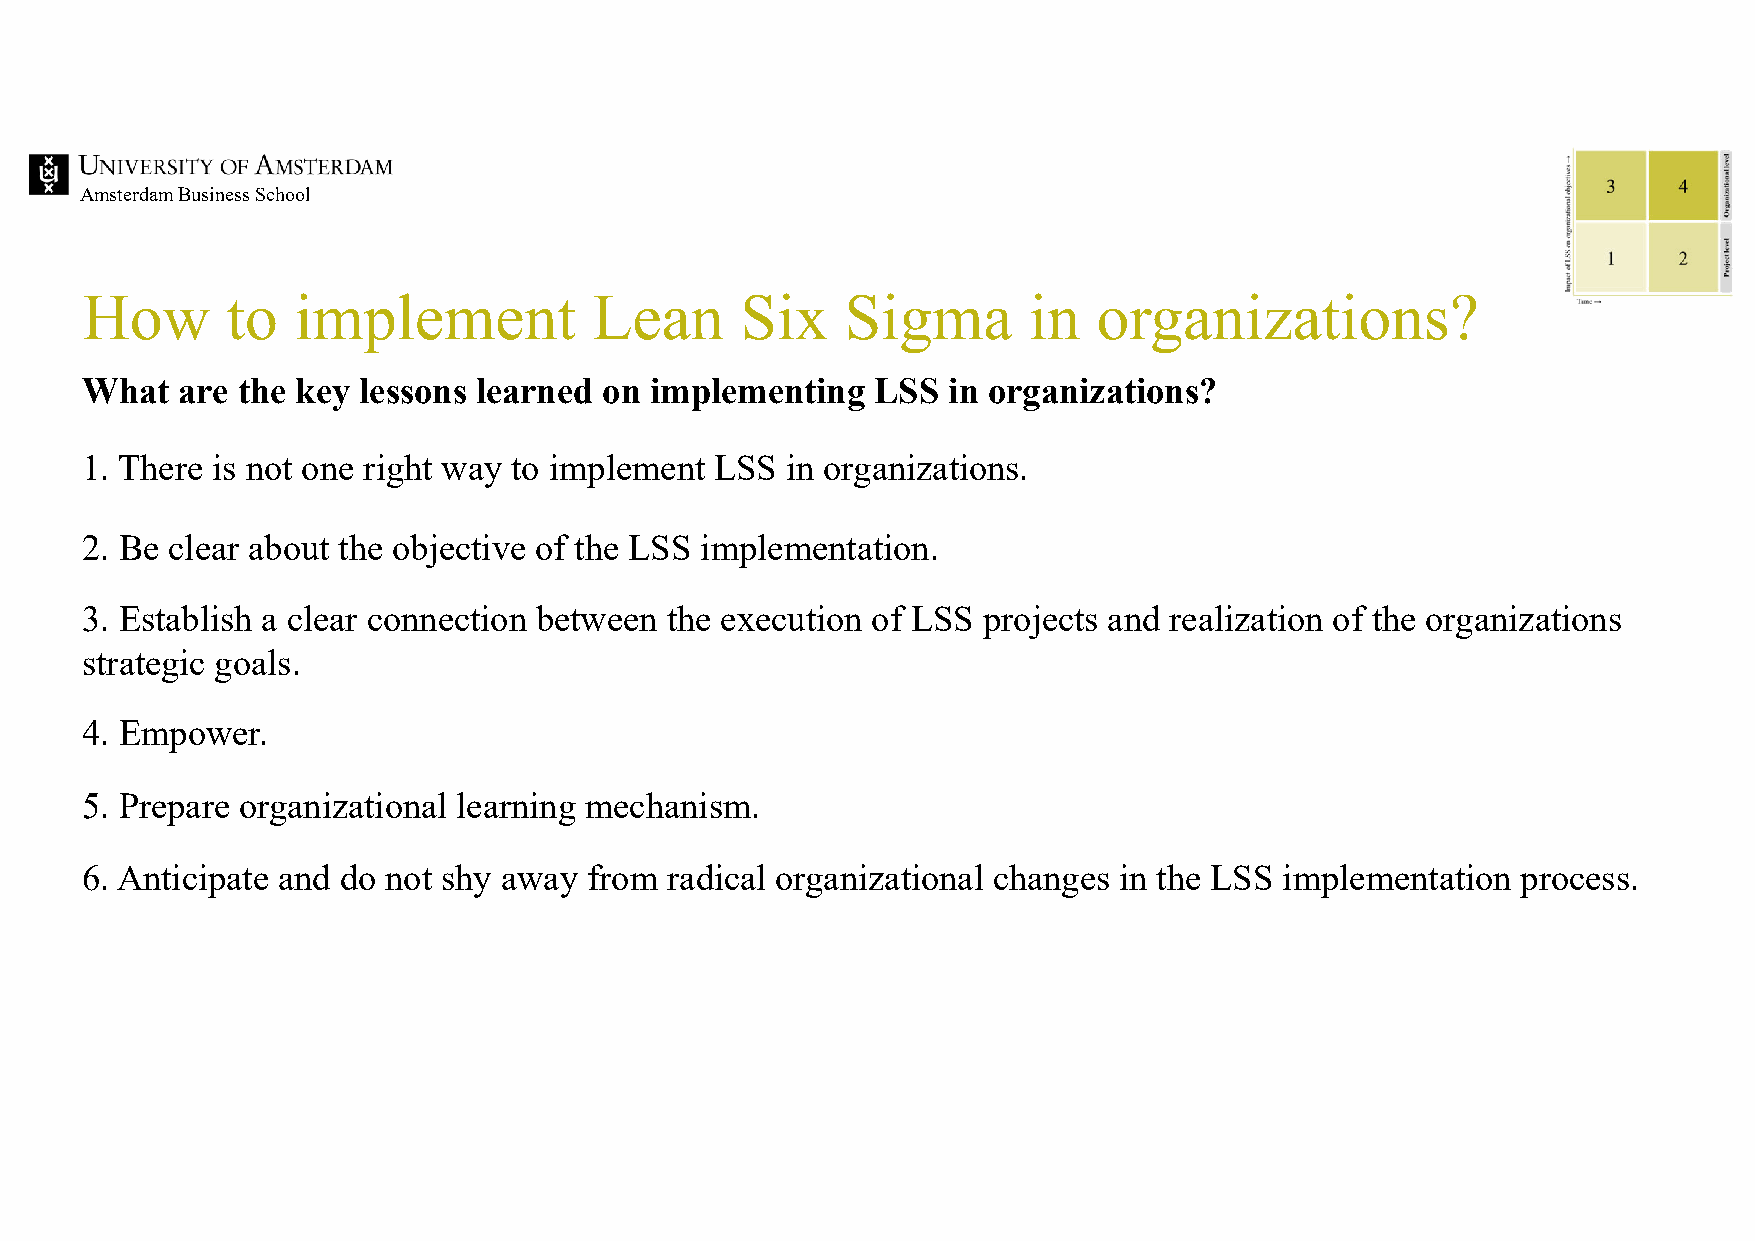
Amsterdam Business School
 How       to  implement           Lean      Six    Sigma       in   organizations?
 What   are the key lessons learned on implementing   LSS  in organizations?
 1. There is not one right way to implement LSS in organizations.
 2. Be clear about the objective of the LSS implementation.
 3. Establish a clear connection between the execution of LSS projects and realization of the organizations
 strategic goals.
 4. Empower.
 5. Prepare organizational learning mechanism.
 6. Anticipate and do not shy away from radical organizational changes in the LSS implementation process.